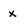
Character: x